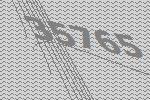
35765